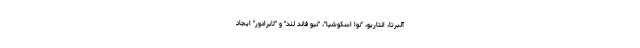
آلبرتا، انتاریو، "نوا اسکوشیا"، "نیو فاند لند" و "لابرادور" ایجاد